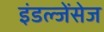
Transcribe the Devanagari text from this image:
इंडल्जेंसेज